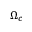
\Omega _ { c }